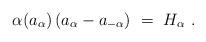
LaTeX: \begin{align*}\alpha(a_\alpha) \, (a_\alpha - a_{-\alpha})~=~H_\alpha~.\vspace{2mm}\end{align*}